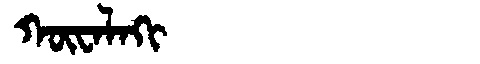
Manchu: ᡴᡡᠸᠠᠯᠠᡴᡳ
Romanization: KŪWALAKI